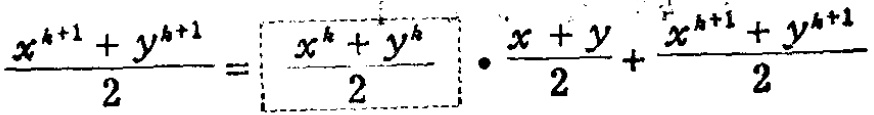
\(\frac{x^{k + 1}+y^{k + 1}}{2}=\boxed{\frac{x^{k}+y^{k}}{2}}\cdot\frac{x + y}{2}+\frac{x^{k + 1}+y^{k + 1}}{2}\)